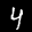
Label: 4